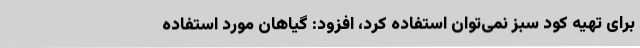
برای تهیه کود سبز نمی‌توان استفاده کرد، افزود: گیاهان مورد استفاده